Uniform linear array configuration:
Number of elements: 16
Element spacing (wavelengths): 0.75
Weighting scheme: hann
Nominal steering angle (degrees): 15
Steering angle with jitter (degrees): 15.755
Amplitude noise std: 0.05
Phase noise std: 0.05

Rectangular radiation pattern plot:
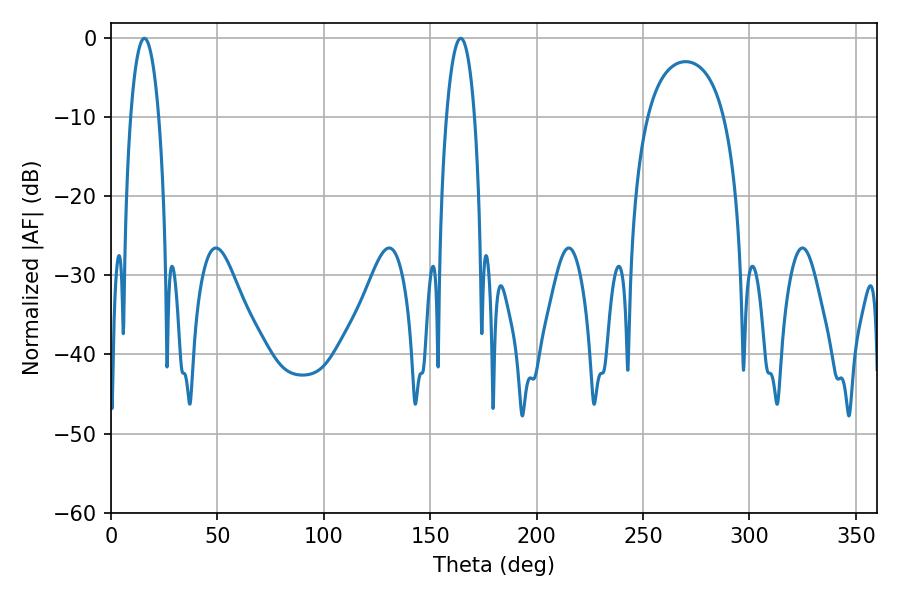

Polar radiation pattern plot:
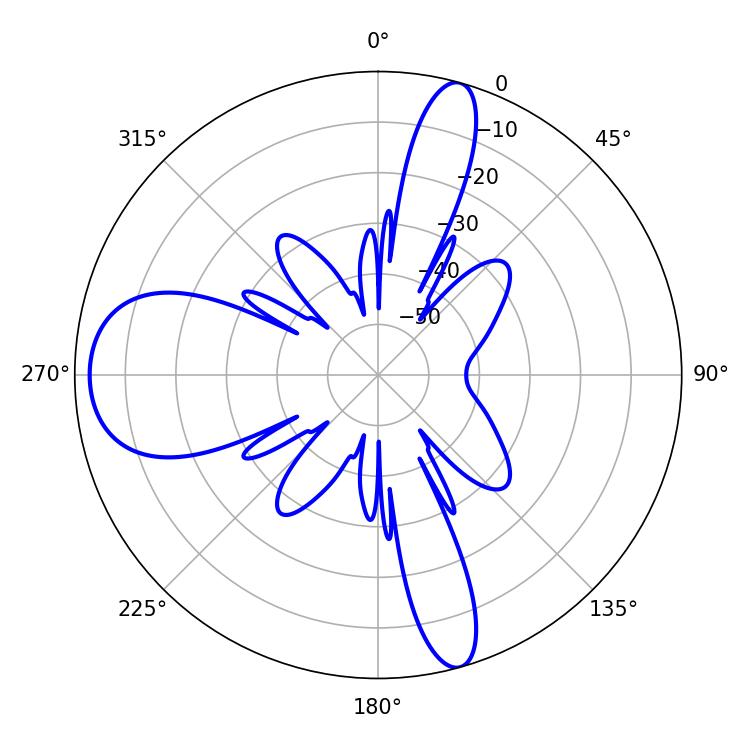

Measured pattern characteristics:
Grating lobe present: TRUE
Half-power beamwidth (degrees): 7.38
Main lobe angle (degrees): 15.66